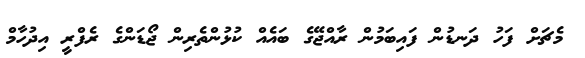
މެޗަށް ފަހު ދަނޑުން ފައިބަމުން ރާއްޖޭގެ ބައެއް ކުޅުންތެރިން ޖޯޑަންގެ ރެފްރީ އިދުހާމް